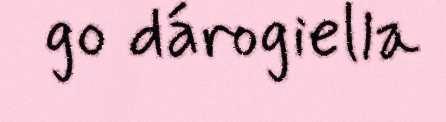
go dárogiella